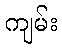
ကျမ်း